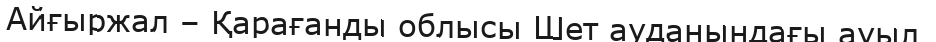
Айғыржал – Қарағанды облысы Шет ауданындағы ауыл.